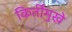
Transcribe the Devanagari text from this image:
किर्तीमुखे